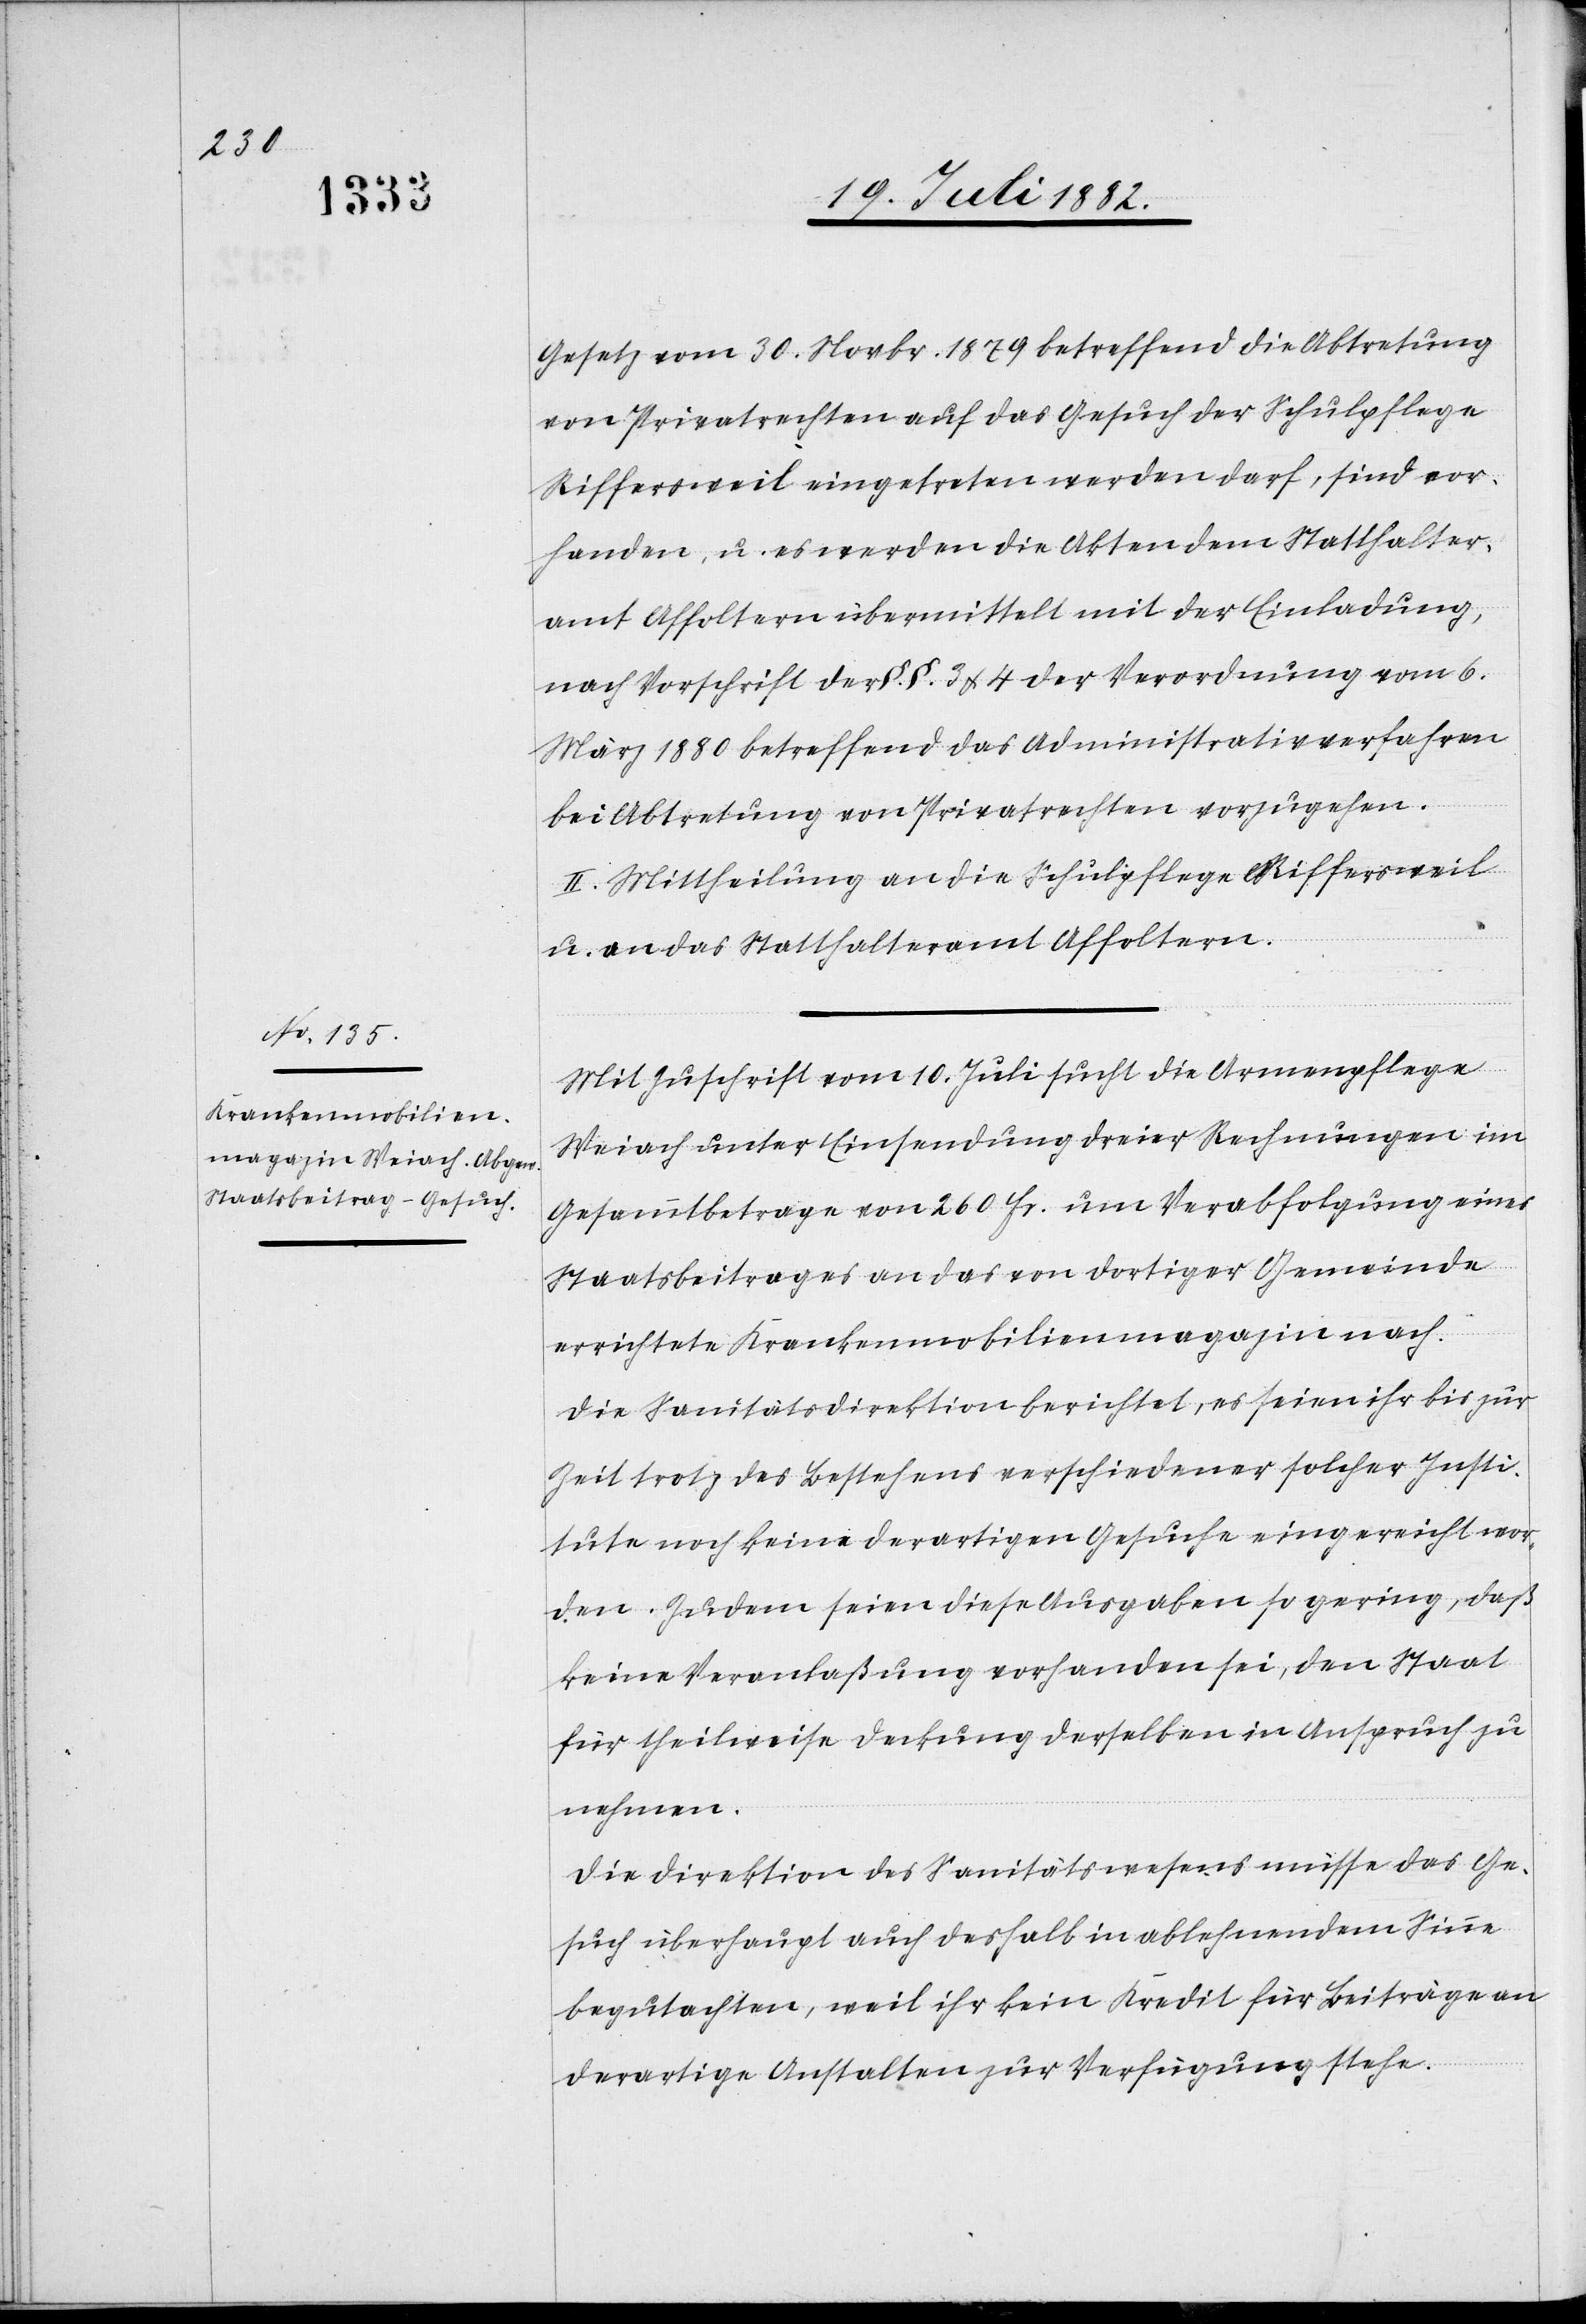
Gesetz vom 30. Novbr. 1879 betreffend die Abtretung
von Privatrechten auf das Gesuch der Schulpflege
Riffersweil eingetreten werden darf, sind vor¬
handen, u. es werden die Akten dem Statthalter¬
amt Affoltern übermittelt mit der Einladung,
nach Vorschrift der §. §. 3 & 4 der Verordnung vom 6.
März 1880 betreffend das Administrativverfahren
bei Abtretung von Privatrechten vorzugehen.
II. Mittheilung an die Schulpflege Riffersweil
u. an das Statthalteramt Affoltern.
Mit Zuschrift vom 10. Juli sucht die Armenpflege
Weiach unter Einsendung dreier Rechnungen im
Gesammtbetrag von 260 Fr. um Verabfolgung eines
Staatsbeitrages an das von dortiger Gemeinde
errichtete Krankenmobilienmagazin nach.
Die Sanitätsdirektion berichtet, es seien ihr bis zur
Zeit trotz des Bestehens verschiedener solcher Insti¬
tute noch keine derartigen Gesuche eingereicht wor¬
den. Zudem seien diese Ausgaben so gering, daß
keine Veranlaßung vorhanden sei, den Staat
für theilweise Deckung derselben in Anspruch zu
nehmen.
Die Direktion des Sanitätswesens müsse das Ge¬
such überhaupt auch deshalb in ablehnendem Sinne
begutachten, weil ihr kein Kredit für Beiträge an
derartige Anstalten zur Verfügung stehe.